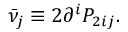
\bar { \nu } _ { j } \equiv 2 \partial ^ { i } P _ { 2 i j } .